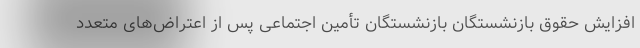
افزایش حقوق بازنشستگان بازنشستگان تأمین اجتماعی پس از اعتراض‌های متعدد